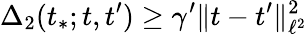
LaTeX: \Delta_{2}(t_{*};t,t^{\prime})\geq\gamma^{\prime}\Vert t-t^{\prime}\Vert_{\ell^{2}}^{2}